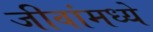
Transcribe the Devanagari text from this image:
जीवांमध्ये